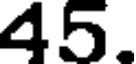
45.